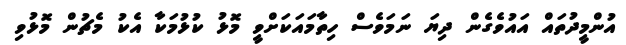
އުންމީދުތައް އައުވެގެން ދިޔަ ނަމަވެސް ހިތާމައަކަށްވީ މޮޅު ކުޅުމަކާ އެކު މެޗުން މޮޅުވި